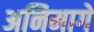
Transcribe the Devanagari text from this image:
अनिमागे